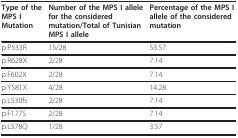
<table><thead><tr><td><b>Type of the MPS I Mutation</b></td><td><b>Number of the MPS I allele for the considered mutation/Total of Tunisian MPS I allele</b></td><td><b>Percentage of the MPS I allele of the considered mutation</b></td></tr></thead><tbody><tr><td>p.P533R</td><td>15/28</td><td>53.57</td></tr><tr><td>p.R628X</td><td>2/28</td><td>7.14</td></tr><tr><td>p.F602X</td><td>2/28</td><td>7.14</td></tr><tr><td>p.Y581X</td><td>4/28</td><td>14.28</td></tr><tr><td>p.L530fs</td><td>2/28</td><td>7.14</td></tr><tr><td>p.F177S</td><td>2/28</td><td>7.14</td></tr><tr><td>p.L578Q</td><td>1/28</td><td>3.57</td></tr></tbody></table>